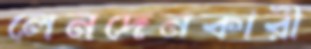
লেনদেনকারী